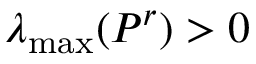
\lambda _ { \operatorname* { m a x } } ( P ^ { r } ) > 0